Illuka_vallavalitsus, lk 7
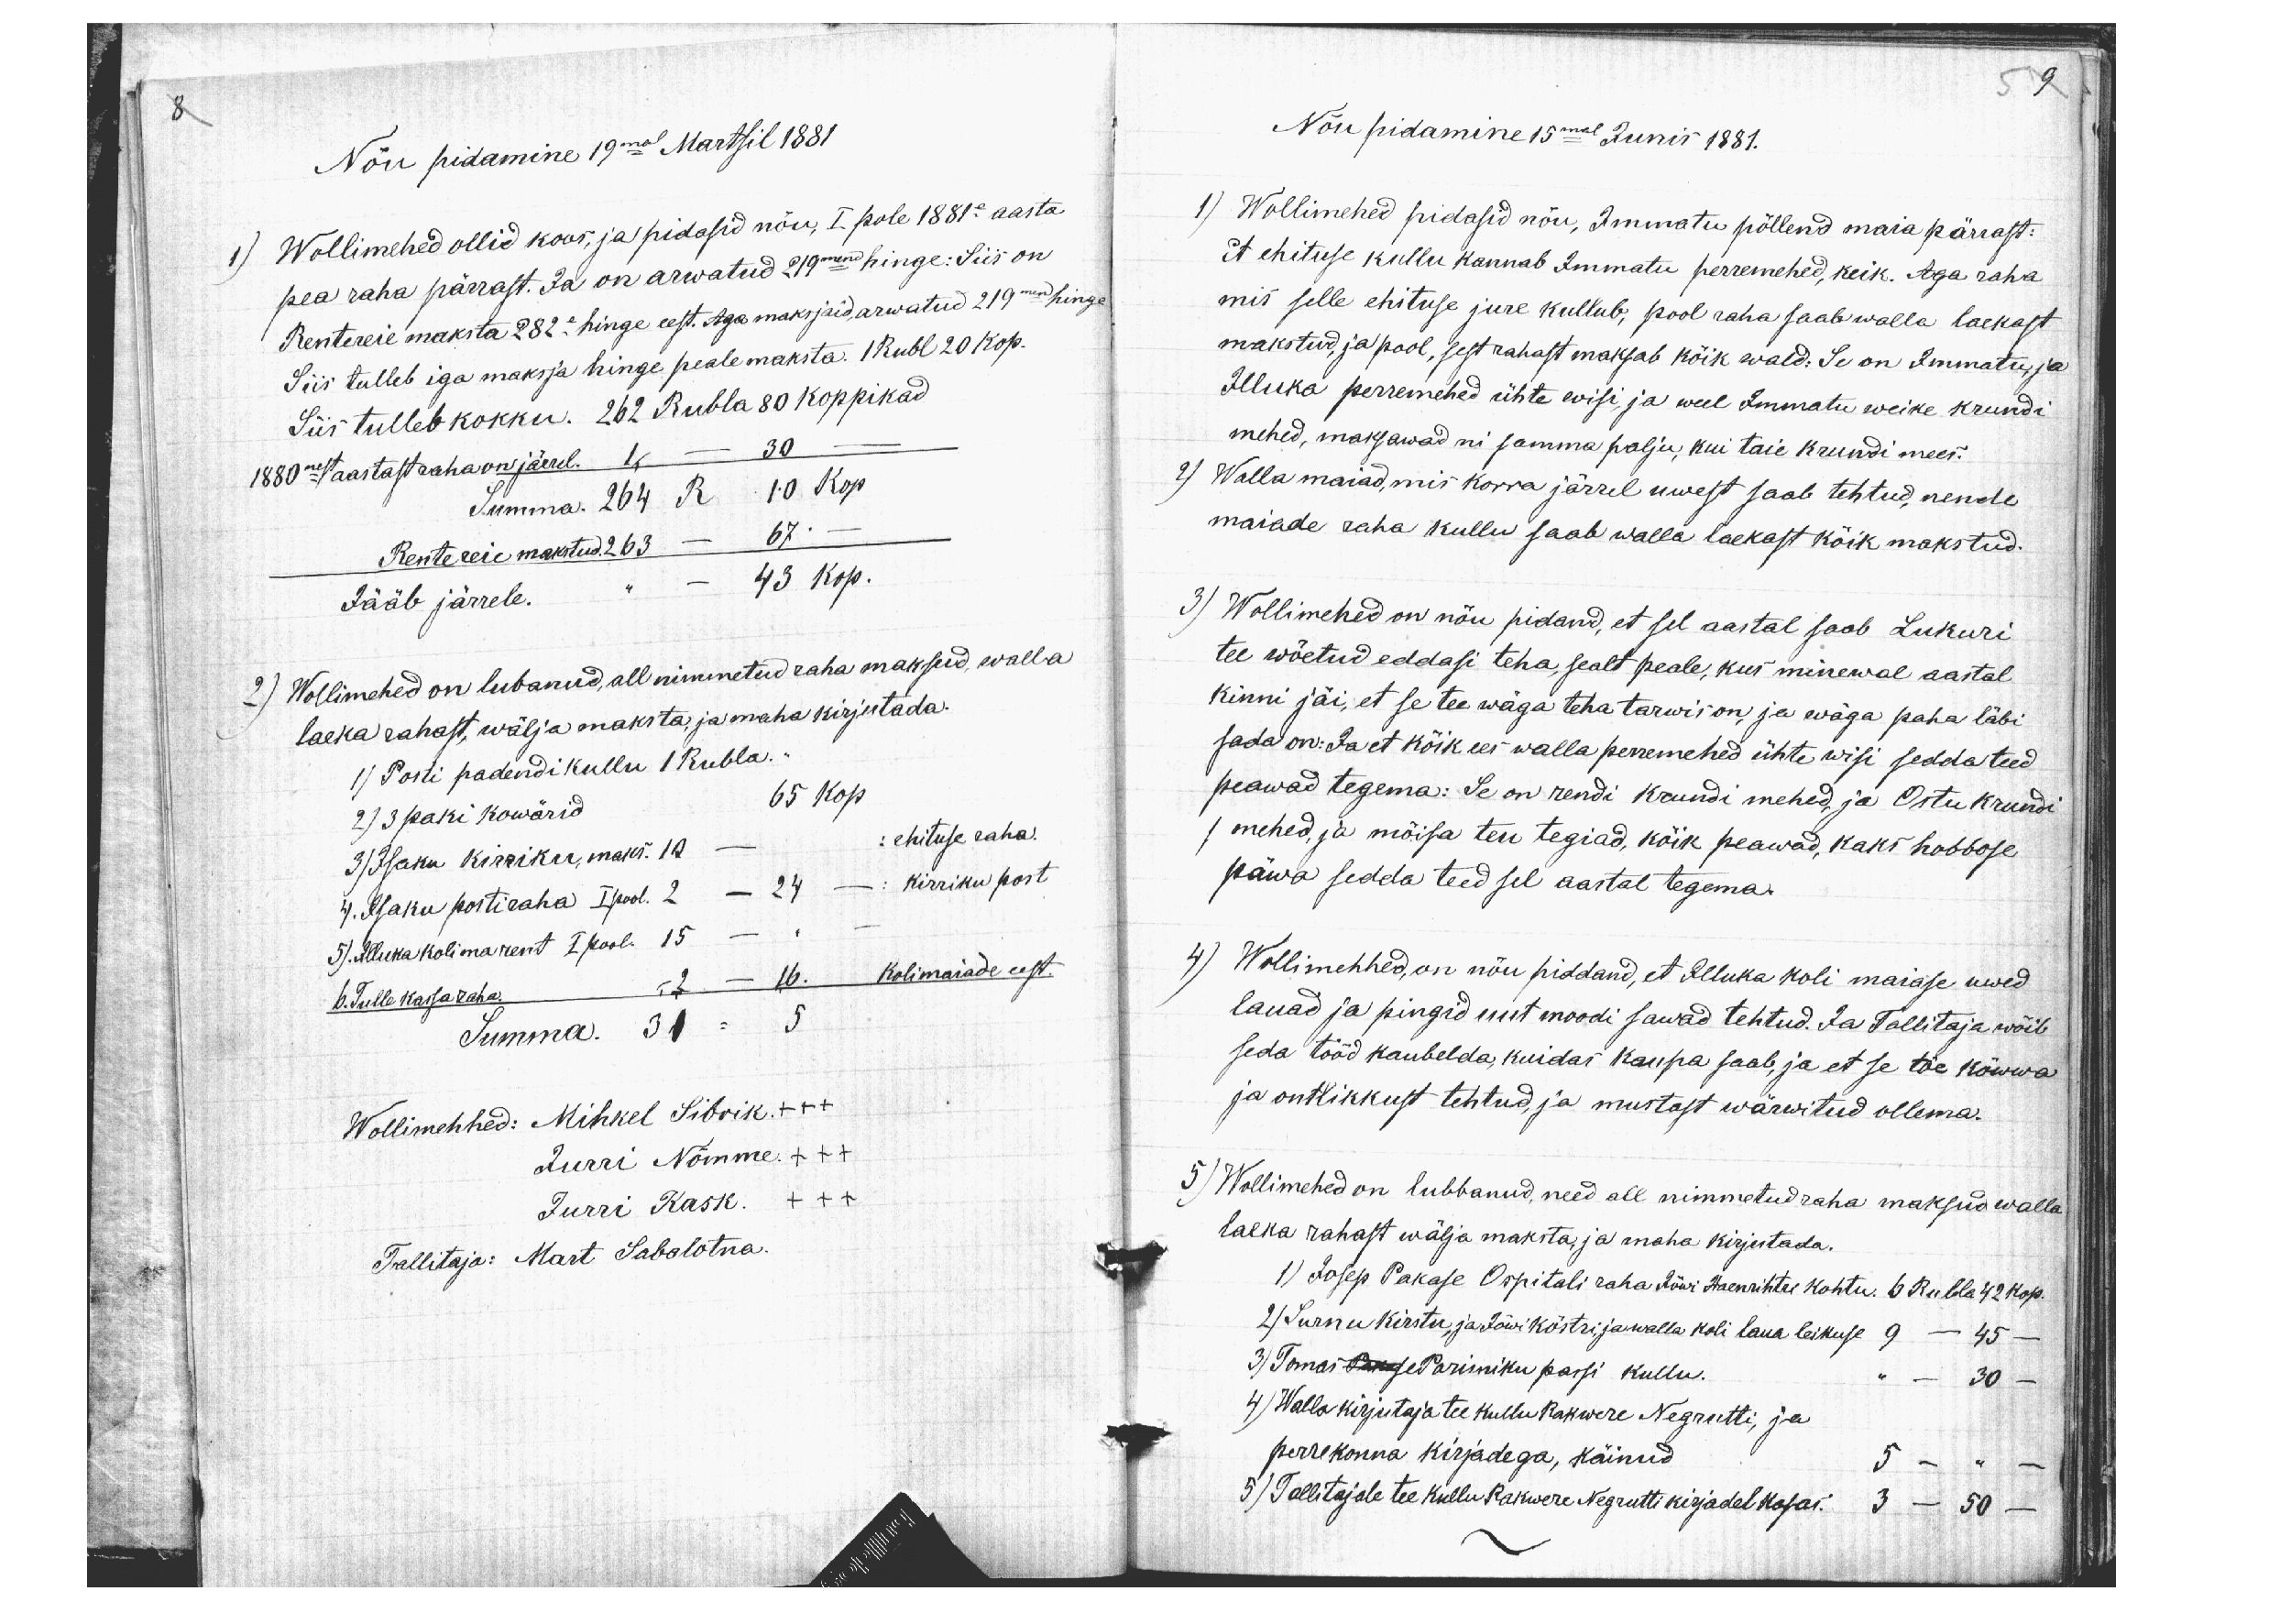
8
Nõu pidamine 19mal Martsil 1881
1) Wollimehed ollid koos, ja pidasid nõu, I pole 1881e aasta
pea raha pärrast. Ja on arwatud 219mend hinge: Siis on
Rentereie maksta 282e hinge eest. Aga maksjaid, arwatud 219mend hinge
Siis tulleb iga maksja hinge peale maksta. 1 Rubl 20 kop.
Siis tulleb kokku. 262 Rubla 80 koppikad
1880nest aastast raha on järrel. 1, - 30 -
Summa. 264 R 10 Kop
Rentereie makstud. 263 - 67. -
Jääb järrele. " - 43 kop.
2) Wollimehed on lubanud, all nimmetud raha maksud, walla
laeka rahast, wälja maksta, ja maha kirjutada.
1) Posti padendi kullu 1 Rubla.
2) 3 paki kowärid 65 kop
3) Isaku kirriku, maks. 12 - : ehituse raha.
4. Isaku postiraha I pool. 2 - 24 - : kirriku post
5). Illuka kolima rent I pool. 15 - " -
6. Tulle kassa raha. - 2 - 16. Kolimaiade eest.
Summa. 31 - 5
Wollimehhed: Mihkel Sibrik +++
Jurri Nõmme. XXX
Jurri Kask. XXX
Tallitaja: Mart Sabalotna

5 9
Nõu pidamine 15mal Junis 1881.
1) Wollimehed pidasid nõu, Immatu põllend maia pärrast:
et ehituse kullu kannab Immatu perremehed, keik. Aga raha
mis selle ehituse jure kullub, pool raha saab walla laekast
makstud, ja pool, sest rahast maksab kõik wald: Se on Immatu, ja
Illuka perremehed ühte wisi, ja weel Immatu weike krundi
mehed, maksawad ni samma palju, kui taie krundi mees.
2) Walla maiad, mis korra järrel uwest saab tehtud, nende
maiade raha kullu saab walla laekast kõik makstud.
3) Wollimehed on nõu pidand, et sel aastal saab Lukuri
tee wõetud eddasi teha, sealt peale, kus minewal aastal
kinni jäi, et se tee wäga teha tarwis on, ja wäga paha läbi
sada on: Ja et kõik ees walla perremehed ühte wisi sedda teed
peawad tegema: Se on rendi krundi mehed, ja Ostu krundi
1 mehed, ja mõisa teu tegiad, kõik peawad, kaks hobbose
päwa sedda teed sel aastal tegema.
4) Wollimehhed, on nõu piddand, et Illuka koli maiase uwed
lauad ja pingid uut moodi sawad tehtud. Ja Tallitaja wõib
seda tööd kaubelda, kuidas kaupa saab, ja et se töe kõwwa
ja ontlikkust tehtud, ja mustast wärwitud ollema.
5) Wollimehed on lubbanud, need all nimmetud raha maksud walla
laeka rahast wälja maksta, ja maha kirjutada.
1) Josep Pakase Ospitali raha Jõwi Haenrihtri Kohtu. 6 Rubla 42 kop.
2) Surnu kirstu, ja Jõwi köstri, ja walla koli laua leikuse 9 - 45 -
3) Tomas Pange Parisniku passi kullu. " - 30 -
4) Walla kirjutaja tee kullu Rakwere Negrutti, ja
perrekonna kirjadega, käinud 5 - " -
5) Tallitajale tee kullu Rakwere Negrutti kirjadel kasas. 3 - 50 -